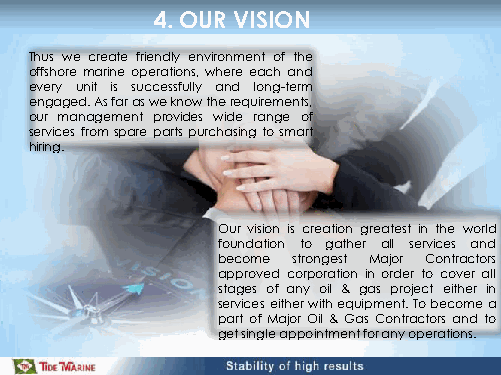
4. OUR VISION
 Thus we create friendly environment of the
 offshore marine operations, where each and
 every unit is successfully and long-term
 engaged. As far as we know the requirements,
 our management provides wide range of
 services from spare parts purchasing to smart
 hiring.
 Our vision is creation greatest in the world
 foundation to gather all services and
 become strongest Major Contractors
 approved corporation in order to cover all
 stages of any oil & gas project either in
 services either with equipment. To become a
 part of Major Oil & Gas Contractors and to
 get single appointment for any operations.